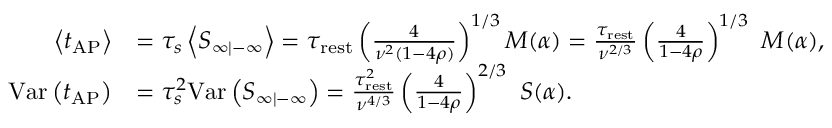
\begin{array} { r l } { \left\langle t _ { \mathrm { A P } } \right\rangle } & { = \tau _ { s } \left\langle S _ { \infty | - \infty } \right\rangle = \tau _ { \mathrm { r e s t } } \left( \frac { 4 } { \nu ^ { 2 } ( 1 - 4 \rho ) } \right) ^ { 1 / 3 } M ( \alpha ) = \frac { \tau _ { \mathrm { r e s t } } } { \nu ^ { 2 / 3 } } \left( \frac { 4 } { 1 - 4 \rho } \right) ^ { 1 / 3 } \ M ( \alpha ) , } \\ { \mathrm { V a r } \left( t _ { \mathrm { A P } } \right) } & { = \tau _ { s } ^ { 2 } \mathrm { V a r } \left( S _ { \infty | - \infty } \right) = \frac { \tau _ { \mathrm { r e s t } } ^ { 2 } } { \nu ^ { 4 / 3 } } \left( \frac { 4 } { 1 - 4 \rho } \right) ^ { 2 / 3 } \ S ( \alpha ) . } \end{array}